Indian journal of veterinary science and animal husbandry - Volumes 15-17, 1948-1951
Year: 1948
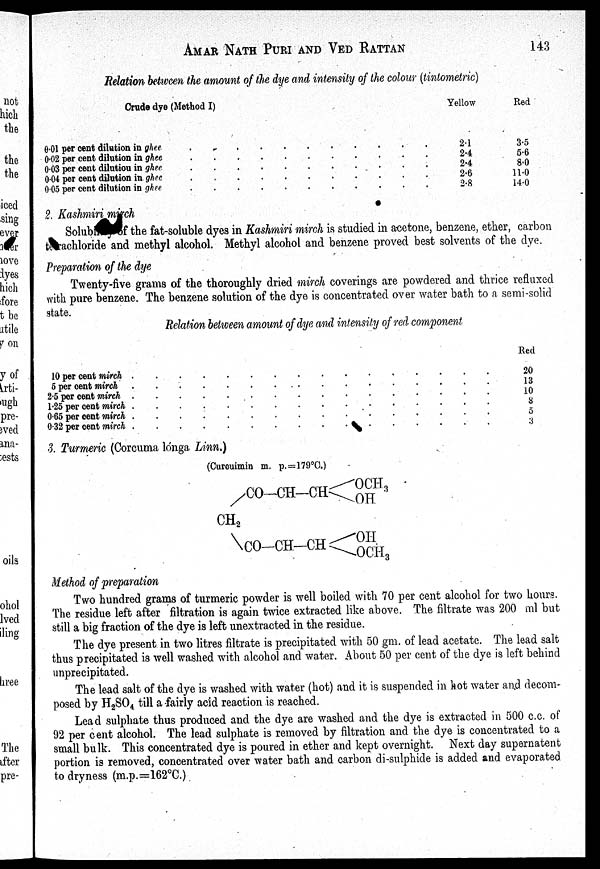
AMAR NATH PURI AND VED RATTAN 143
Relation between the amount of the dye and intensity of the colour (tintometric)
Crude dye (Method I)
0.01 per cent dilution in ghee
.
.
.
.
.
.
.
.
.
.
0.02 per cent dilution in
ghee.
.
.
.
.
.
.
.
.
.
0.03 per cent dilutiou in
ghee.
.
.
.
.
.
.
.
.
.
0.04 per cent dilution in
ghee.
.
.
.
.
.
.
.
.
.
0.05 per cent dilution in ghee . . . . . . . . . .
Yellow
2.1
2.4
2.4
2.6
2.8
Red
3.5
5.6
8.0
11.0
14.0
2. Kashmiri mirch
Solub
of the fat-soluble dyes in Kashmiri mirch is studied in acetone, benzene, ether, carbon
t achloride and methyl alcohol. Methyl alcohol and benzene proved best solvents of the dye.
Preparation of the dye
Twenty-five grams of the thoroughly dried mirch coverings are powdered and thrice refluxed
with pure benzene. The benzene solution of the dye is concentrated over water bath to a semi-solid
state.
Relation between amount of dye and intensity of red component
10 per cent mirch
.
.
.
.
.
.
.
.
.
.
.
5 per cent
mirch.
.
.
.
.
.
.
.
.
.
.
2.5 per cent
mirch.
.
.
.
.
.
.
.
.
.
.
1.25 per cent
mirch.
.
.
.
.
.
.
.
.
.
.
0.65 per cent
mirch.
.
.
.
.
.
.
.
.
.
.
0.32 per cent
mirch.
.
.
.
.
.
.
.
.
.
.
Red
20
13
10
8
5
3
3. Turmeric (Corcuma longa Linn.)
(Curcuimin m. p.=179°C.)
Method of preparation
Two hundred grams of turmeric powder is well boiled with 70 per cent alcohol for two hours.
The residue left after filtration is again twice extracted like above. The filtrate was 200 ml but
still a big fraction of the dye is left unextracted in the residue.
The dye present in two litres filtrate is precipitated with 50 gm. of lead acetate. The lead salt
thus precipitated is well washed with alcohol and water. About 50 per cent of the dye is left behind
unprecipitated.
The lead salt of the dye is washed with water (hot) and it is suspended in hot water and decom-
posed by H 2 SO 4 till a fairly acid reaction is reached.
Lead sulphate thus produced and the dye are washed and the dye is extracted in 500 c.c. of
92 per cent alcohol. The lead sulphate is removed by filtration and the dye is concentrated to a
small bulk. This concentrated dye is poured in ether and kept overnight. Next day supernatent
portion is removed, concentrated over water bath and carbon di-sulphide is added and evaporated
to dryness (m.p.=162°C.)